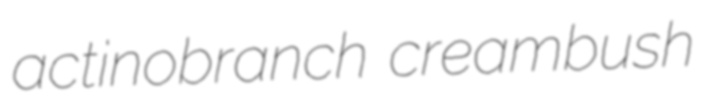
actinobranch creambush